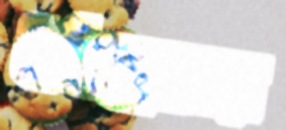
ধর্মান্ধতার